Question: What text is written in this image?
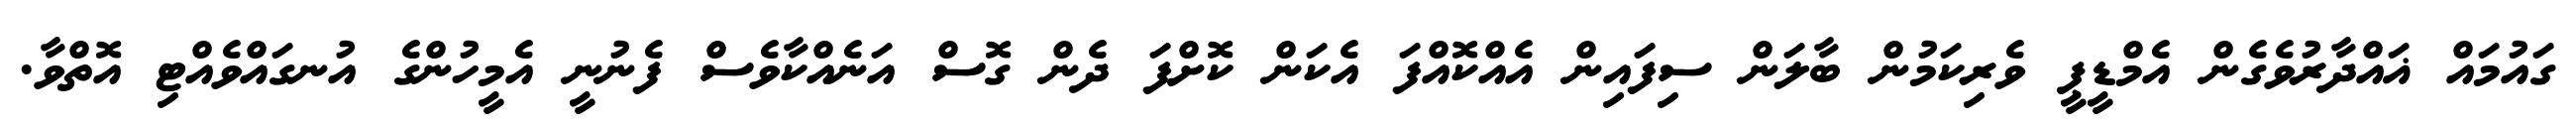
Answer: ގައުމައް ޣައްދާރުވެގެން އެމްޑީޕީ ވެރިކަމުން ބާލަން ސިފައިން އެއްކޮއްފަ އެކަން ކޮށްފަ ދެން ގޮސް އަނެއްކާވެސް ފެނުނީ އެމީހުންގެ އުނގައްވެއްޓި އޮތްވާ.